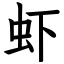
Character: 虾